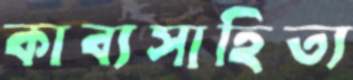
কাব্যসাহিত্য